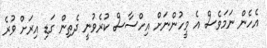
އެހެން ނަމަވެސް އެ މީހުންނަށް އިހްސާސް ކުރެވުނީ ދެތިން ގަޑި އިރަށް ވުރެ